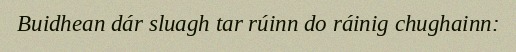
Buidhean dár sluagh tar rúinn do ráinig chughainn: